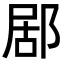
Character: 𨛮